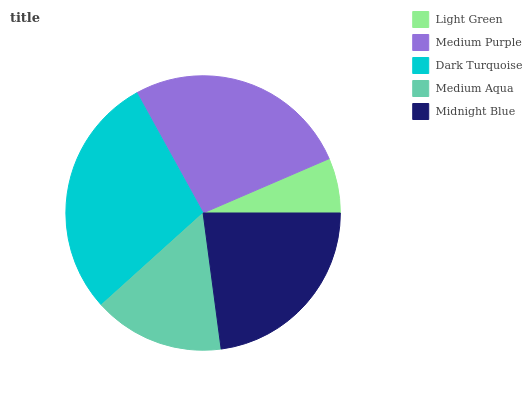
| Light Green | Medium Purple | Dark Turquoise | Medium Aqua | Midnight Blue |
 | --- | --- | --- | --- | --- |
 | 6.48% | 26.6% | 28.6% | 15.4% | 22.9% |